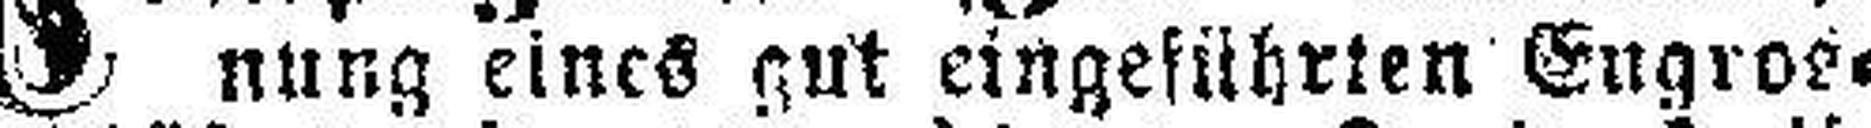
nung eines gut eingeführten Eugros¬